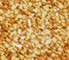
حركي